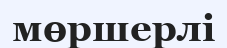
мөршерлі